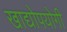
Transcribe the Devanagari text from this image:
खाद्योपयोगी